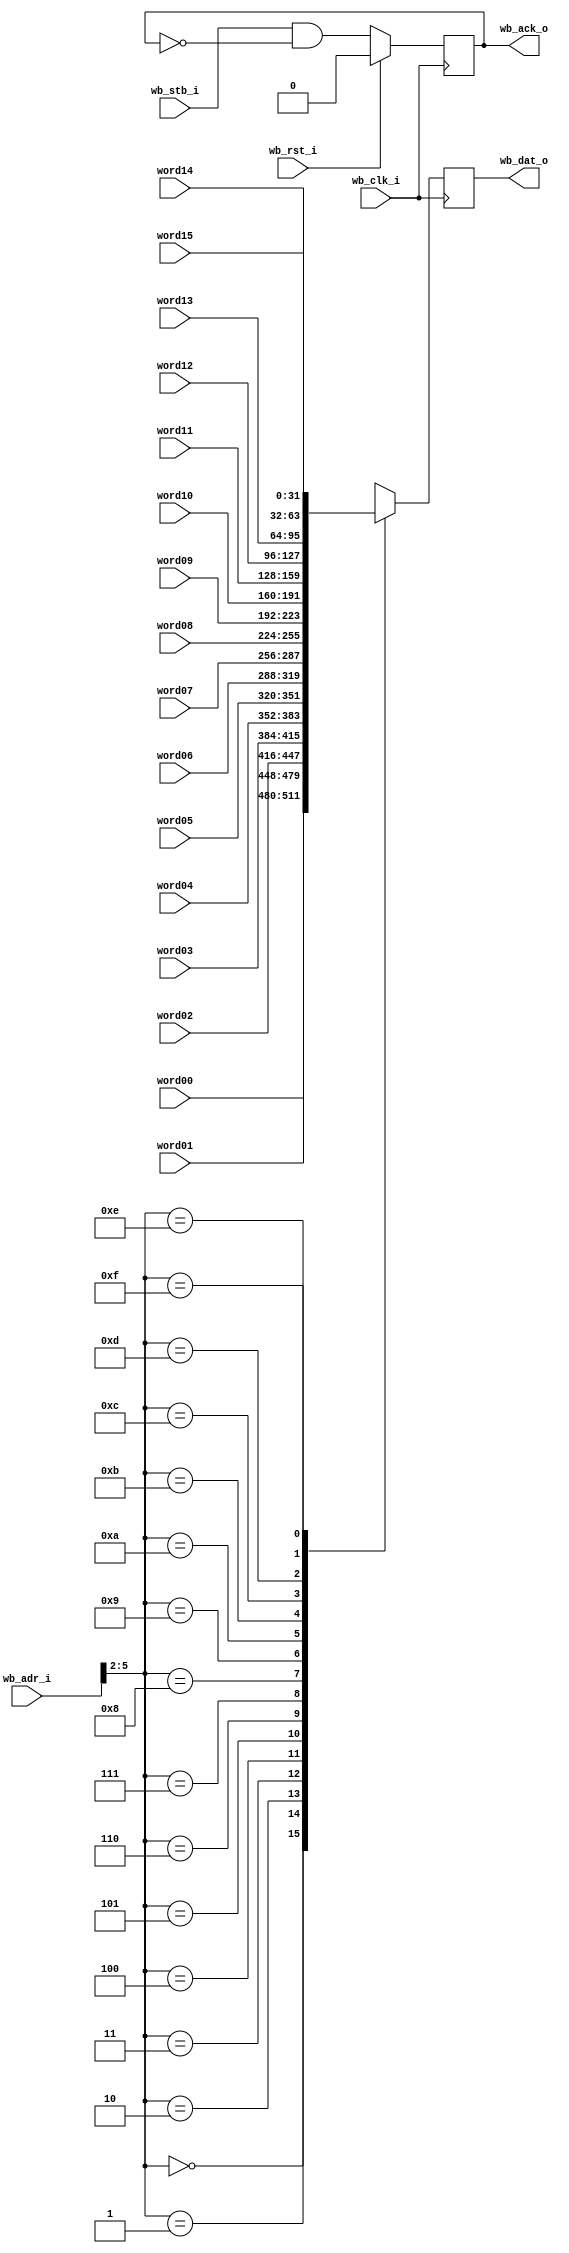
module wb_readback_mux
  (input wb_clk_i,
   input wb_rst_i,
   input wb_stb_i,
   input [15:0] wb_adr_i,
   output reg [31:0] wb_dat_o,
   output reg wb_ack_o,
   
   input [31:0] word00,
   input [31:0] word01,
   input [31:0] word02,
   input [31:0] word03,
   input [31:0] word04,
   input [31:0] word05,
   input [31:0] word06,
   input [31:0] word07,
   input [31:0] word08,
   input [31:0] word09,
   input [31:0] word10,
   input [31:0] word11,
   input [31:0] word12,
   input [31:0] word13,
   input [31:0] word14,
   input [31:0] word15
   );

   always @(posedge wb_clk_i)
     if(wb_rst_i)
       wb_ack_o <= 0;
     else
       wb_ack_o <= wb_stb_i & ~wb_ack_o;
   
   always @(posedge wb_clk_i)
     case(wb_adr_i[5:2])
       0 : wb_dat_o <= word00;
       1 : wb_dat_o <= word01;
       2 : wb_dat_o <= word02;
       3 : wb_dat_o <= word03;
       4 : wb_dat_o <= word04;
       5 : wb_dat_o <= word05;
       6 : wb_dat_o <= word06;
       7 : wb_dat_o <= word07;
       8 : wb_dat_o <= word08;
       9 : wb_dat_o <= word09;
       10: wb_dat_o <= word10;
       11: wb_dat_o <= word11;
       12: wb_dat_o <= word12;
       13: wb_dat_o <= word13;
       14: wb_dat_o <= word14;
       15: wb_dat_o <= word15;
     endcase // case(addr_reg[3:0])
      
endmodule